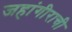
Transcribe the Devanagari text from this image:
जहांगीराची